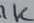
Text: 1K